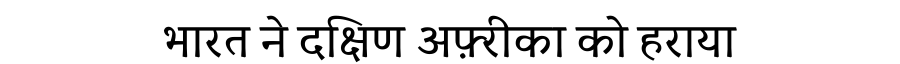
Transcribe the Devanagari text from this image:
भारत ने दक्षिण अफ़्रीका को हराया